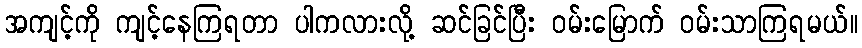
အကျင့်ကို ကျင့်နေကြရတာ ပါကလားလို့ ဆင်ခြင်ပြီး ဝမ်းမြောက် ဝမ်းသာကြရမယ်။